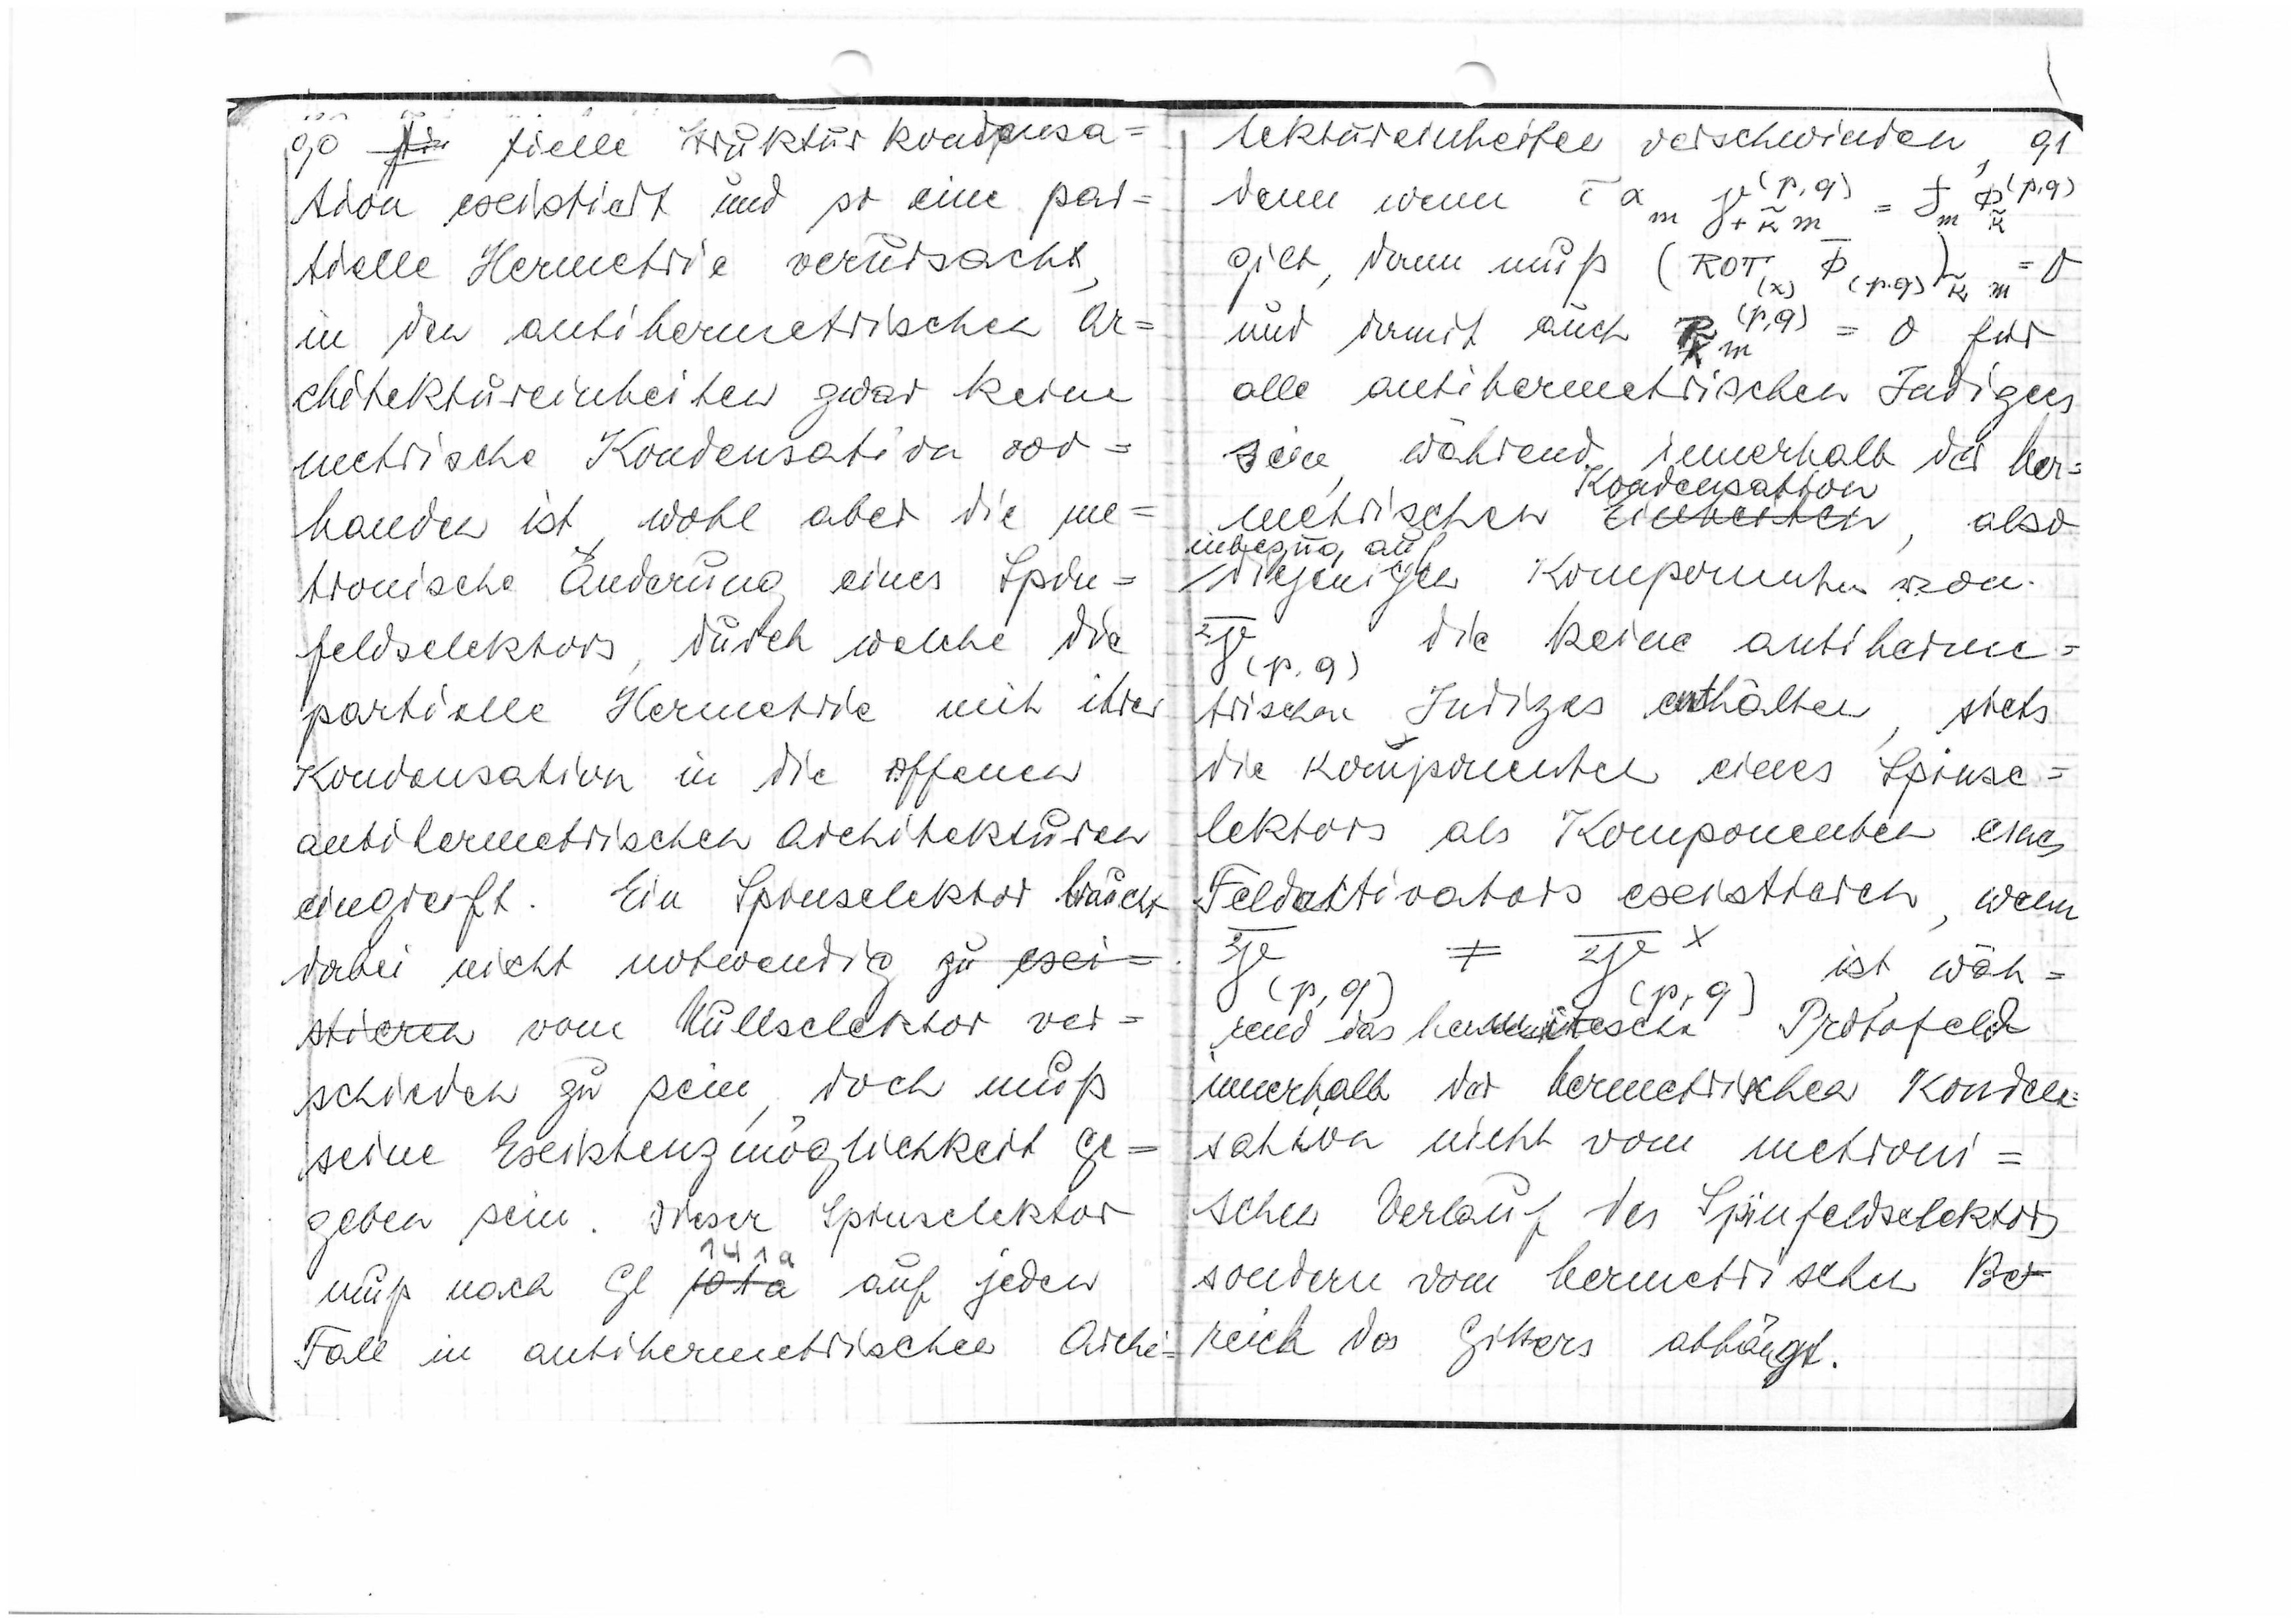
90

tielle Strukturkondensa=
tion existiert und so eine par=
tielle Hermetrie verursacht,
in den antihermetrischen Ar=
chitektureinheiten zwar keine
metrische Kondensation vor=
handen ist, wohl aber die me=
tronische Änderung eines Spin=
feldselektors, durch welche die
partielle Hermetrie mit ihrer
Kondensation in die offenen
antihermetrischen Architekturen
eingreift. Ein Spinselektor braucht
dabei nicht notwendig
zu exi=
stieren
vom Nullselektor ver=
schieden zu sein, doch muß
seine Existenzmöglichkeit ge=
geben sein. Dieser Spinselektor
muß nach Gl.
141a
101a
auf jeden
Fall in antihermetrischen Archi=

91
tektureinheiten verschwinden,
(p,q)
γ(p,q)
denn wenn

gilt, dann muß

(p,q) = 0
für
und damit auch

alle antihermetrischen Indizes
sein, während innerhalb der her=
metrischen
Einheiten
Kondensation
, also
inbezug auf
diejenigen Komponenten von

(p,q) die keine antiherme=
trischen Indizes enthalten, stets
die Komponenten eines Spinse
lektors als Komponenten eines
Feldaktivators existieren, wenn

≠

ist wäh=
(p,q)
(p,q)
rend das hermitische Protofeld
innerhalb der hermetrischen Konden
sation nicht vom metroni=
schen Verlauf des Spinfeldselektors
sondern vom hermetrischen Be=
reich des Gitters abhängt.